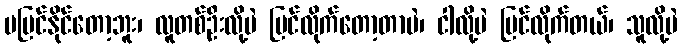
မမြင်နိုင်တော့ဘူး၊ လူတစ်ဦးလို့ပဲ မြင်လိုက်တော့တာပဲ၊ ငါလို့ပဲ မြင်လိုက်တယ်၊ သူလို့ပဲ